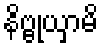
နိဗ္ဗုယှာမိ